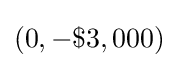
(0,-\$3,000)